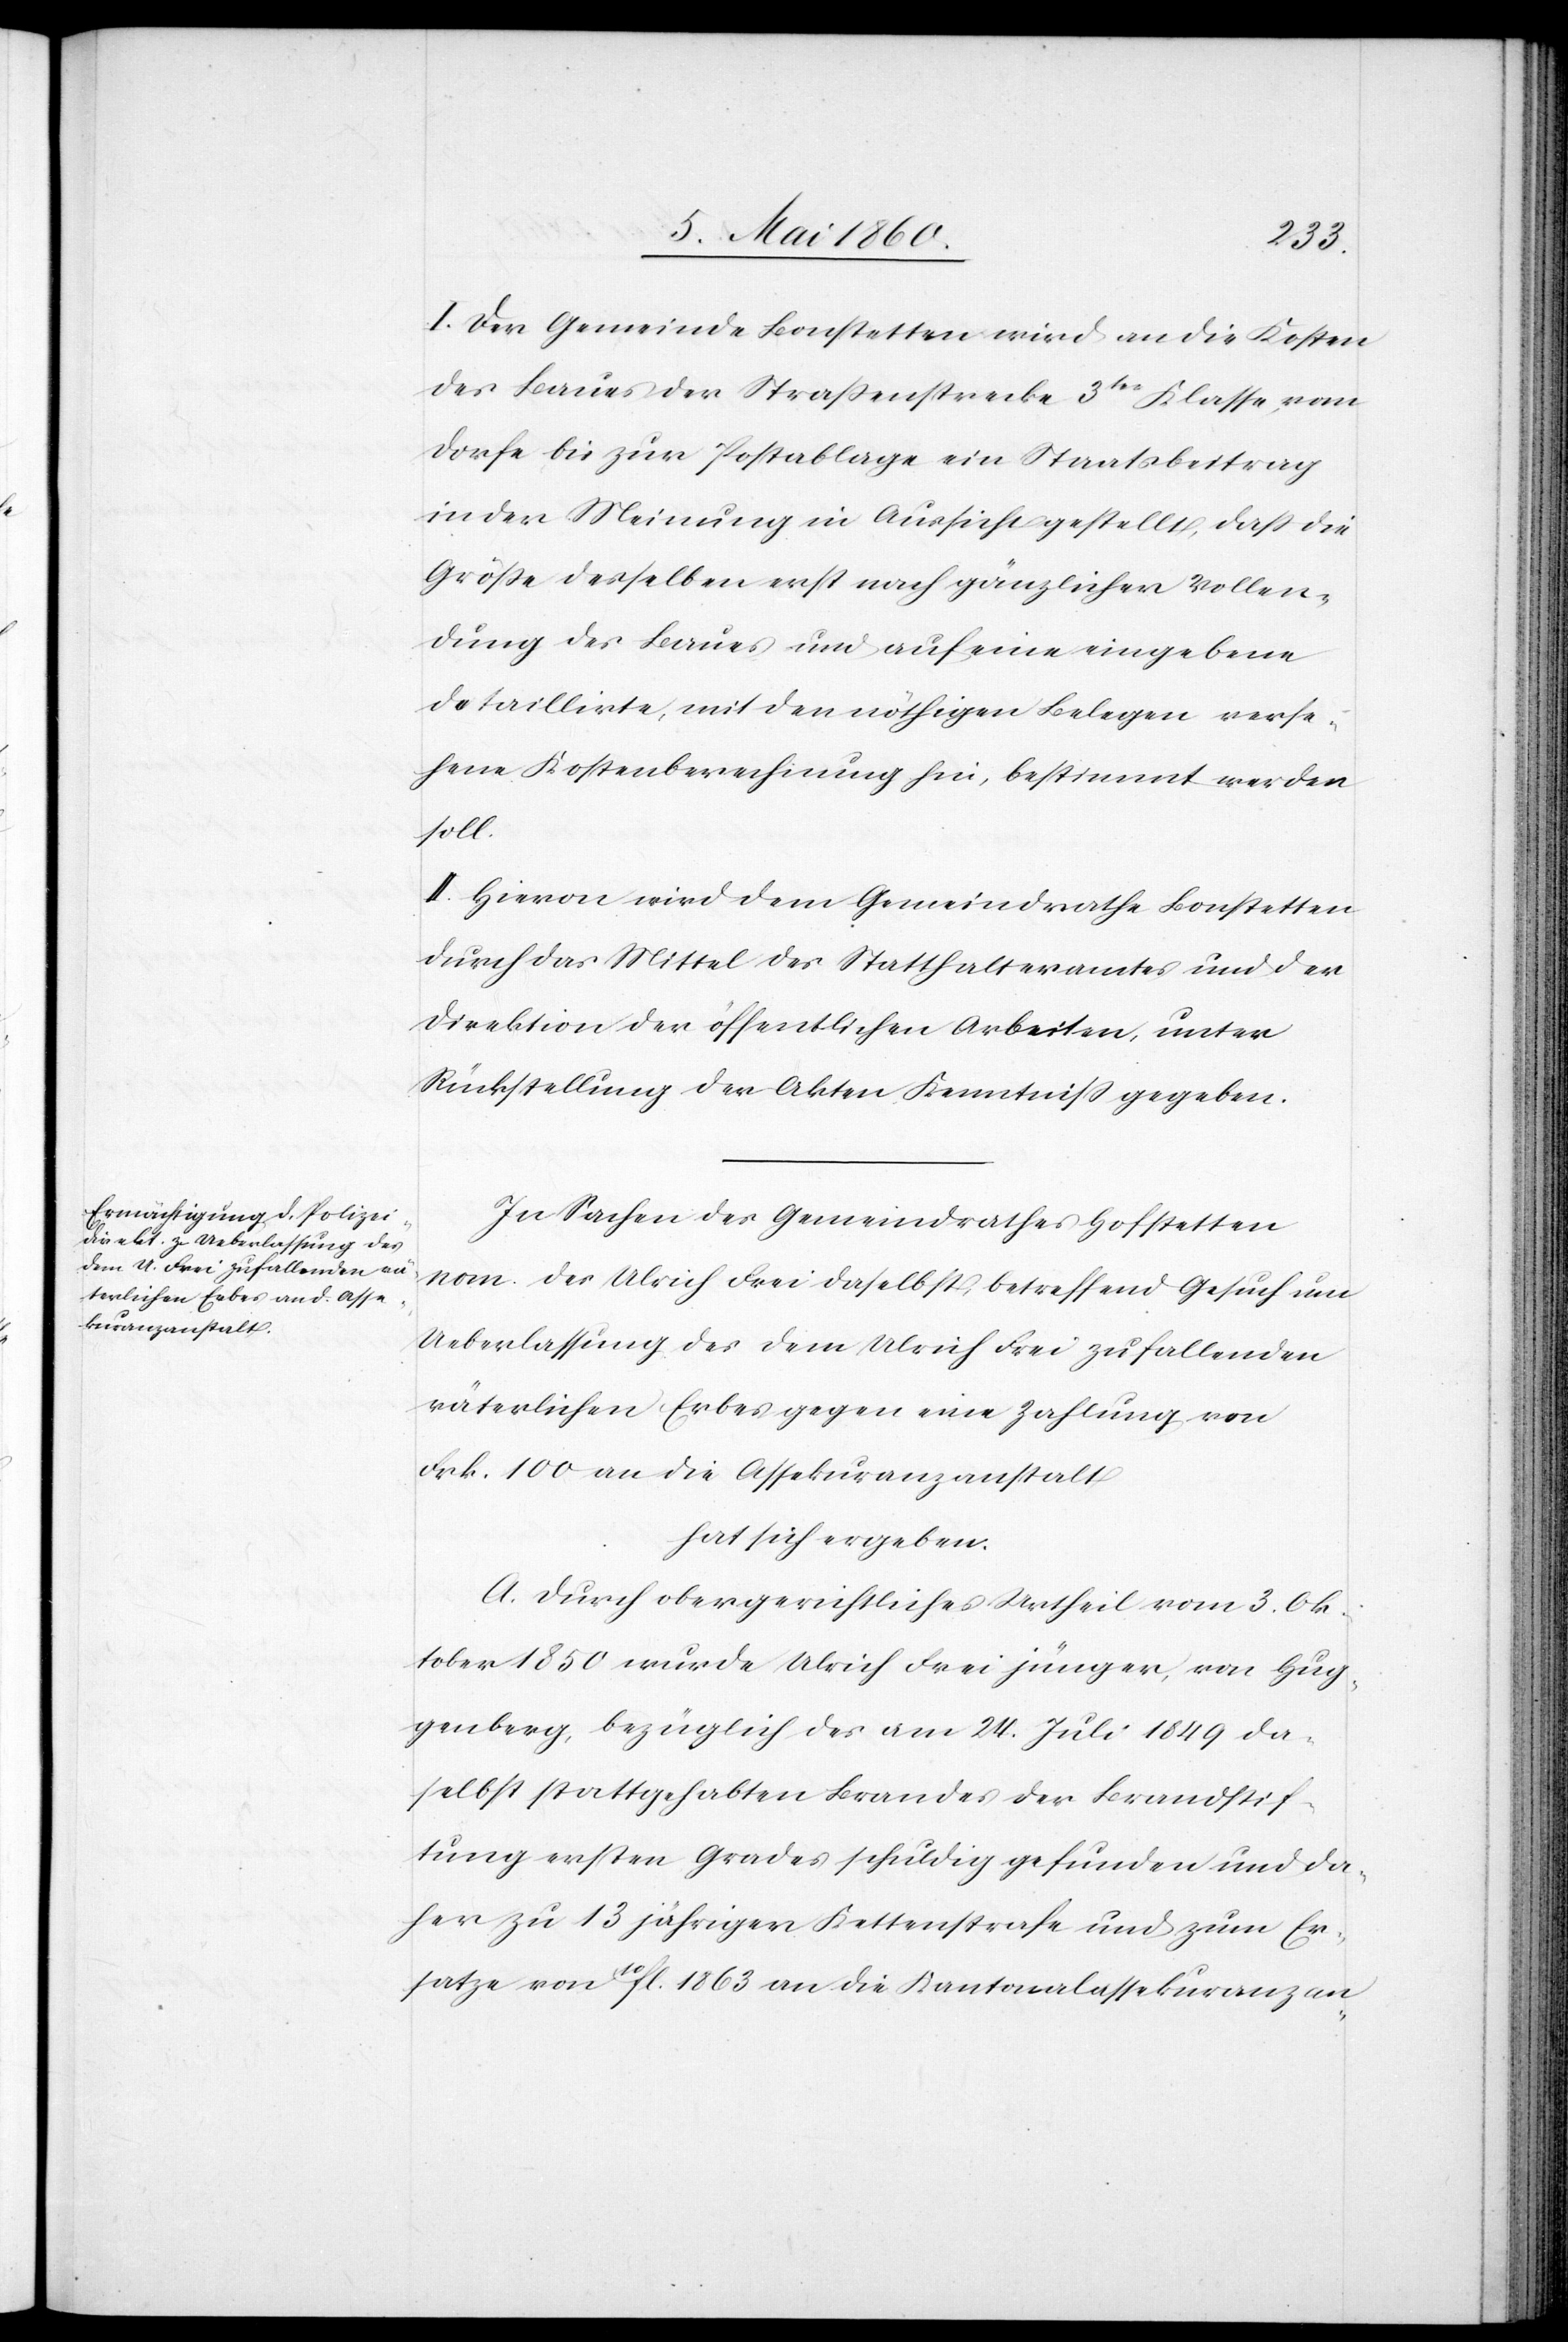
I. Der Gemeinde Bonstetten wird an die Kosten
des Baues der Strassenstrecke 3tr Klasse, vom
Dorfe bis zur Postabalge ein Staatsbeitrag
in der Meinung in Aussicht gestellt, dass die
Grösse desselben erst nach gänzlicher Vollen¬
dung des Baues und auf eine einge[ge]bene
detaillirte, mit den nöthigen Belegen verse¬
hene Kostenberechnung hin, bestimmt werden
soll.
II. Hievor wird dem Gemeindrathe Bonstetten
durch das Mittel des Statthalteramtes und der
Direktion der öffentlichen Arbeiten, unter
Rückstellung der Akten Kenntniss gegeben.
In Sachen des Gemeindrathes Hofstetten
nom. des Ulrich Frei daselbst, betreffend Gesuch um
Ueberlassung des dem Ulrich Frei zufallenden
väterlichen Erbes gegen eine Zahlung von
Frk. 100 an die Assekuranzanstalt
hat sich ergeben:
A. Durch obergerichtliches Urtheil vom 3. Ok¬
tober 1850 wurde Ulrich Frei jünger, von Hug¬
genberg, bezüglich des am 24. Juli 1849 da¬
selbst stattgehabten Brandes der Brandstif¬
tung ersten Grades schuldig gefunden und da¬
her zu 13 jährigen [sic!] Kettenstrafe und zum Er¬
satze von 10fl. 1863 an die Kantonalassekuranzan-